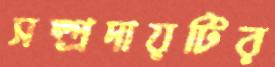
সম্প্রদায়টির